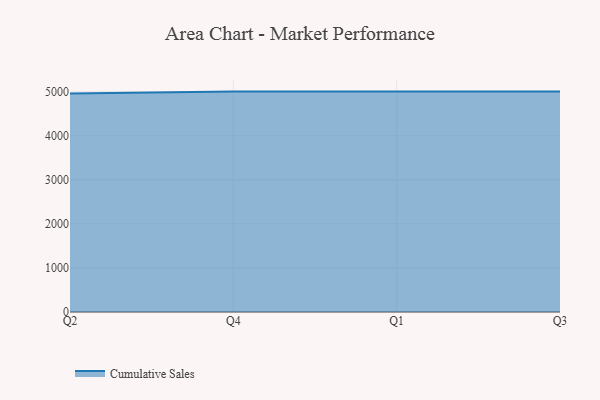
{"axis": {"x": "Quarter", "y": "Humidity (%)"}, "legend": ["Cumulative Sales"], "data": [{"x": "Q2", "y": 4955.8, "type": "Cumulative Sales"}, {"x": "Q4", "y": 5000, "type": "Cumulative Sales"}, {"x": "Q1", "y": 5000, "type": "Cumulative Sales"}, {"x": "Q3", "y": 5000, "type": "Cumulative Sales"}]}